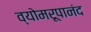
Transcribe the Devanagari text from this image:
व्योमरूपानंद